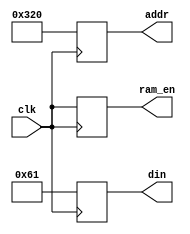
`timescale 1ns / 1ps
//////////////////////////////////////////////////////////////////////////////////
// Company: 
// Engineer: 
// 
// Design Name: 
// Module Name:    ram_test 
// Project Name: 
// Target Devices: 
// Tool versions: 
// Description: 
//
// Dependencies: 
//
// Revision: 
// Revision 0.01 - File Created
// Additional Comments: 
//
//////////////////////////////////////////////////////////////////////////////////
module ram_test(clk, addr, ram_en, din);
    input clk;
    output [10:0] addr;
    output ram_en;
    output [7:0] din;

	reg [7:0] din;
	reg [10:0] addr;
	reg ram_en;
	
	always @(posedge clk)
		begin
			addr<=800;
			din<=8'h61;
			ram_en<=clk;
		end

endmodule